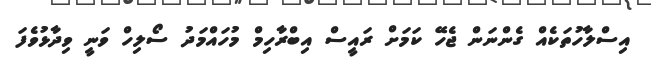
އިސްލާހުތަކެއް ގެންނަން ޖެހޭ ކަމަށް ރައީސް އިބްރާހިމް މުހައްމަދު ސޯލިހް ވަނީ ވިދާޅުވެފަ